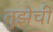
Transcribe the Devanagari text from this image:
तुझेची